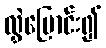
လွှဲပြောင်း၍